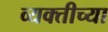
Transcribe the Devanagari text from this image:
व्‍यक्‍तीच्‍या